Scottish Leaving Certificate Examination, 1952
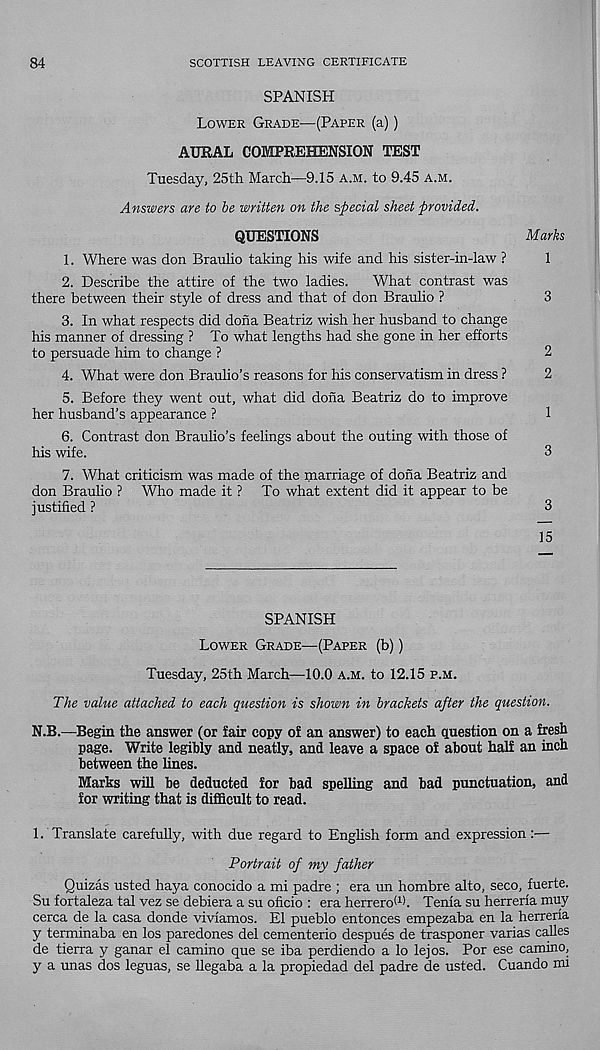
84
SCOTTISH LEAVING CERTIFICATE
SPANISH
Lower Grade—(Paper (a))
AURAL COMPREHENSION TEST
Tuesday, 25th March—9.15 a.m. to 9.45 a.m.
Answers are to be written on the special sheet provided.
QUESTIONS
Marks
1. Where was don Braulio taking his wife and his sister-in-law ?
1
2. Describe the attire of the two ladies.
What contrast was
there between their style of dress and that of don Braulio ?
3
3. In what respects did dona Beatriz wish her husband to change
his manner of dressing ? To what lengths had she gone in her efforts
to persuade him to change ?
2
4. What were don Braulio’s reasons for his conservatism in dress ?
2
5. Before they went out, what did dona Beatriz do to improve
her husband’s appearance ?
1
6. Contrast don Braulio’s feelings about the outing with those of
his wife.
3
7. What criticism was made of the marriage of dona Beatriz and
don Braulio ? Who made it ? To what extent did it appear to be
justified ?
3
15
SPANISH
Lower Grade-—(Paper (b))
Tuesday, 25th March—10.0 a.m. to 12.15 p.m.
The value attached to each question is shown in brackets after the question.
N.B.—Begin the answer (or fair copy of an answer) to each question on a fresh
page. Write legibly and neatly, and leave a space of about half an inch
between the lines.
Marks will be deducted for bad spelling and bad punctuation, and
for writing that is difficult to read.
1. Translate carefully, with due regard to English form and expression :—
Portrait of my father
Quizas usted haya conocido a mi padre ; era un hombre alto, seco, fuerte.
Su fortaleza tal vez se debiera a su oficio : era herreroO). Tenia su herreria muy
cerca de la casa donde vivfamos. El pueblo entonces empezaba en la herreria
y terminaba en los paredones del cementerio despues de trasponer varias calles
de tierra y ganar el camino que se iba perdiendo a lo lejos. Por ese camino,
y a unas dos leguas, se llegaba a la propiedad del padre de usted. Cuando mi